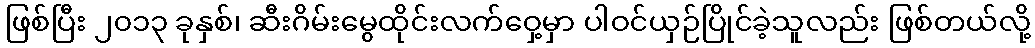
ဖြစ်ပြီး ၂၀၁၃ ခုနှစ်၊ ဆီးဂိမ်းမွေထိုင်းလက်ဝှေ့မှာ ပါဝင်ယှဉ်ပြိုင်ခဲ့သူလည်း ဖြစ်တယ်လို့